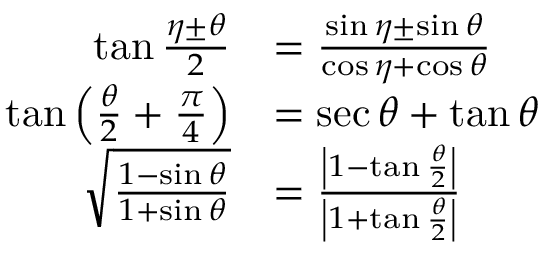
{ \begin{array} { r l } { \tan { \frac { \eta \pm \theta } { 2 } } } & { = { \frac { \sin \eta \pm \sin \theta } { \cos \eta + \cos \theta } } } \\ { \tan \left( { \frac { \theta } { 2 } } + { \frac { \pi } { 4 } } \right) } & { = \sec \theta + \tan \theta } \\ { { \sqrt { \frac { 1 - \sin \theta } { 1 + \sin \theta } } } } & { = { \frac { \left| 1 - \tan { \frac { \theta } { 2 } } \right| } { \left| 1 + \tan { \frac { \theta } { 2 } } \right| } } } \end{array} }